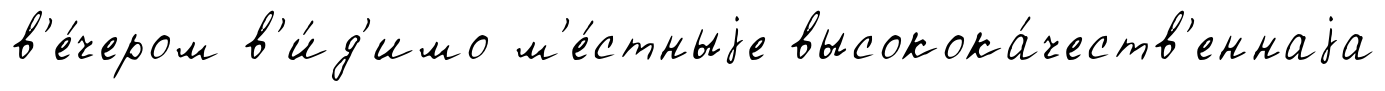
в'е́чером в'и́д'имо м'е́стныjе высокока́честв'еннаjа